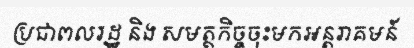
ប្រជាពលរដ្ឋ និង សមត្ថកិច្ចចុះមកអន្តរាគមន៍